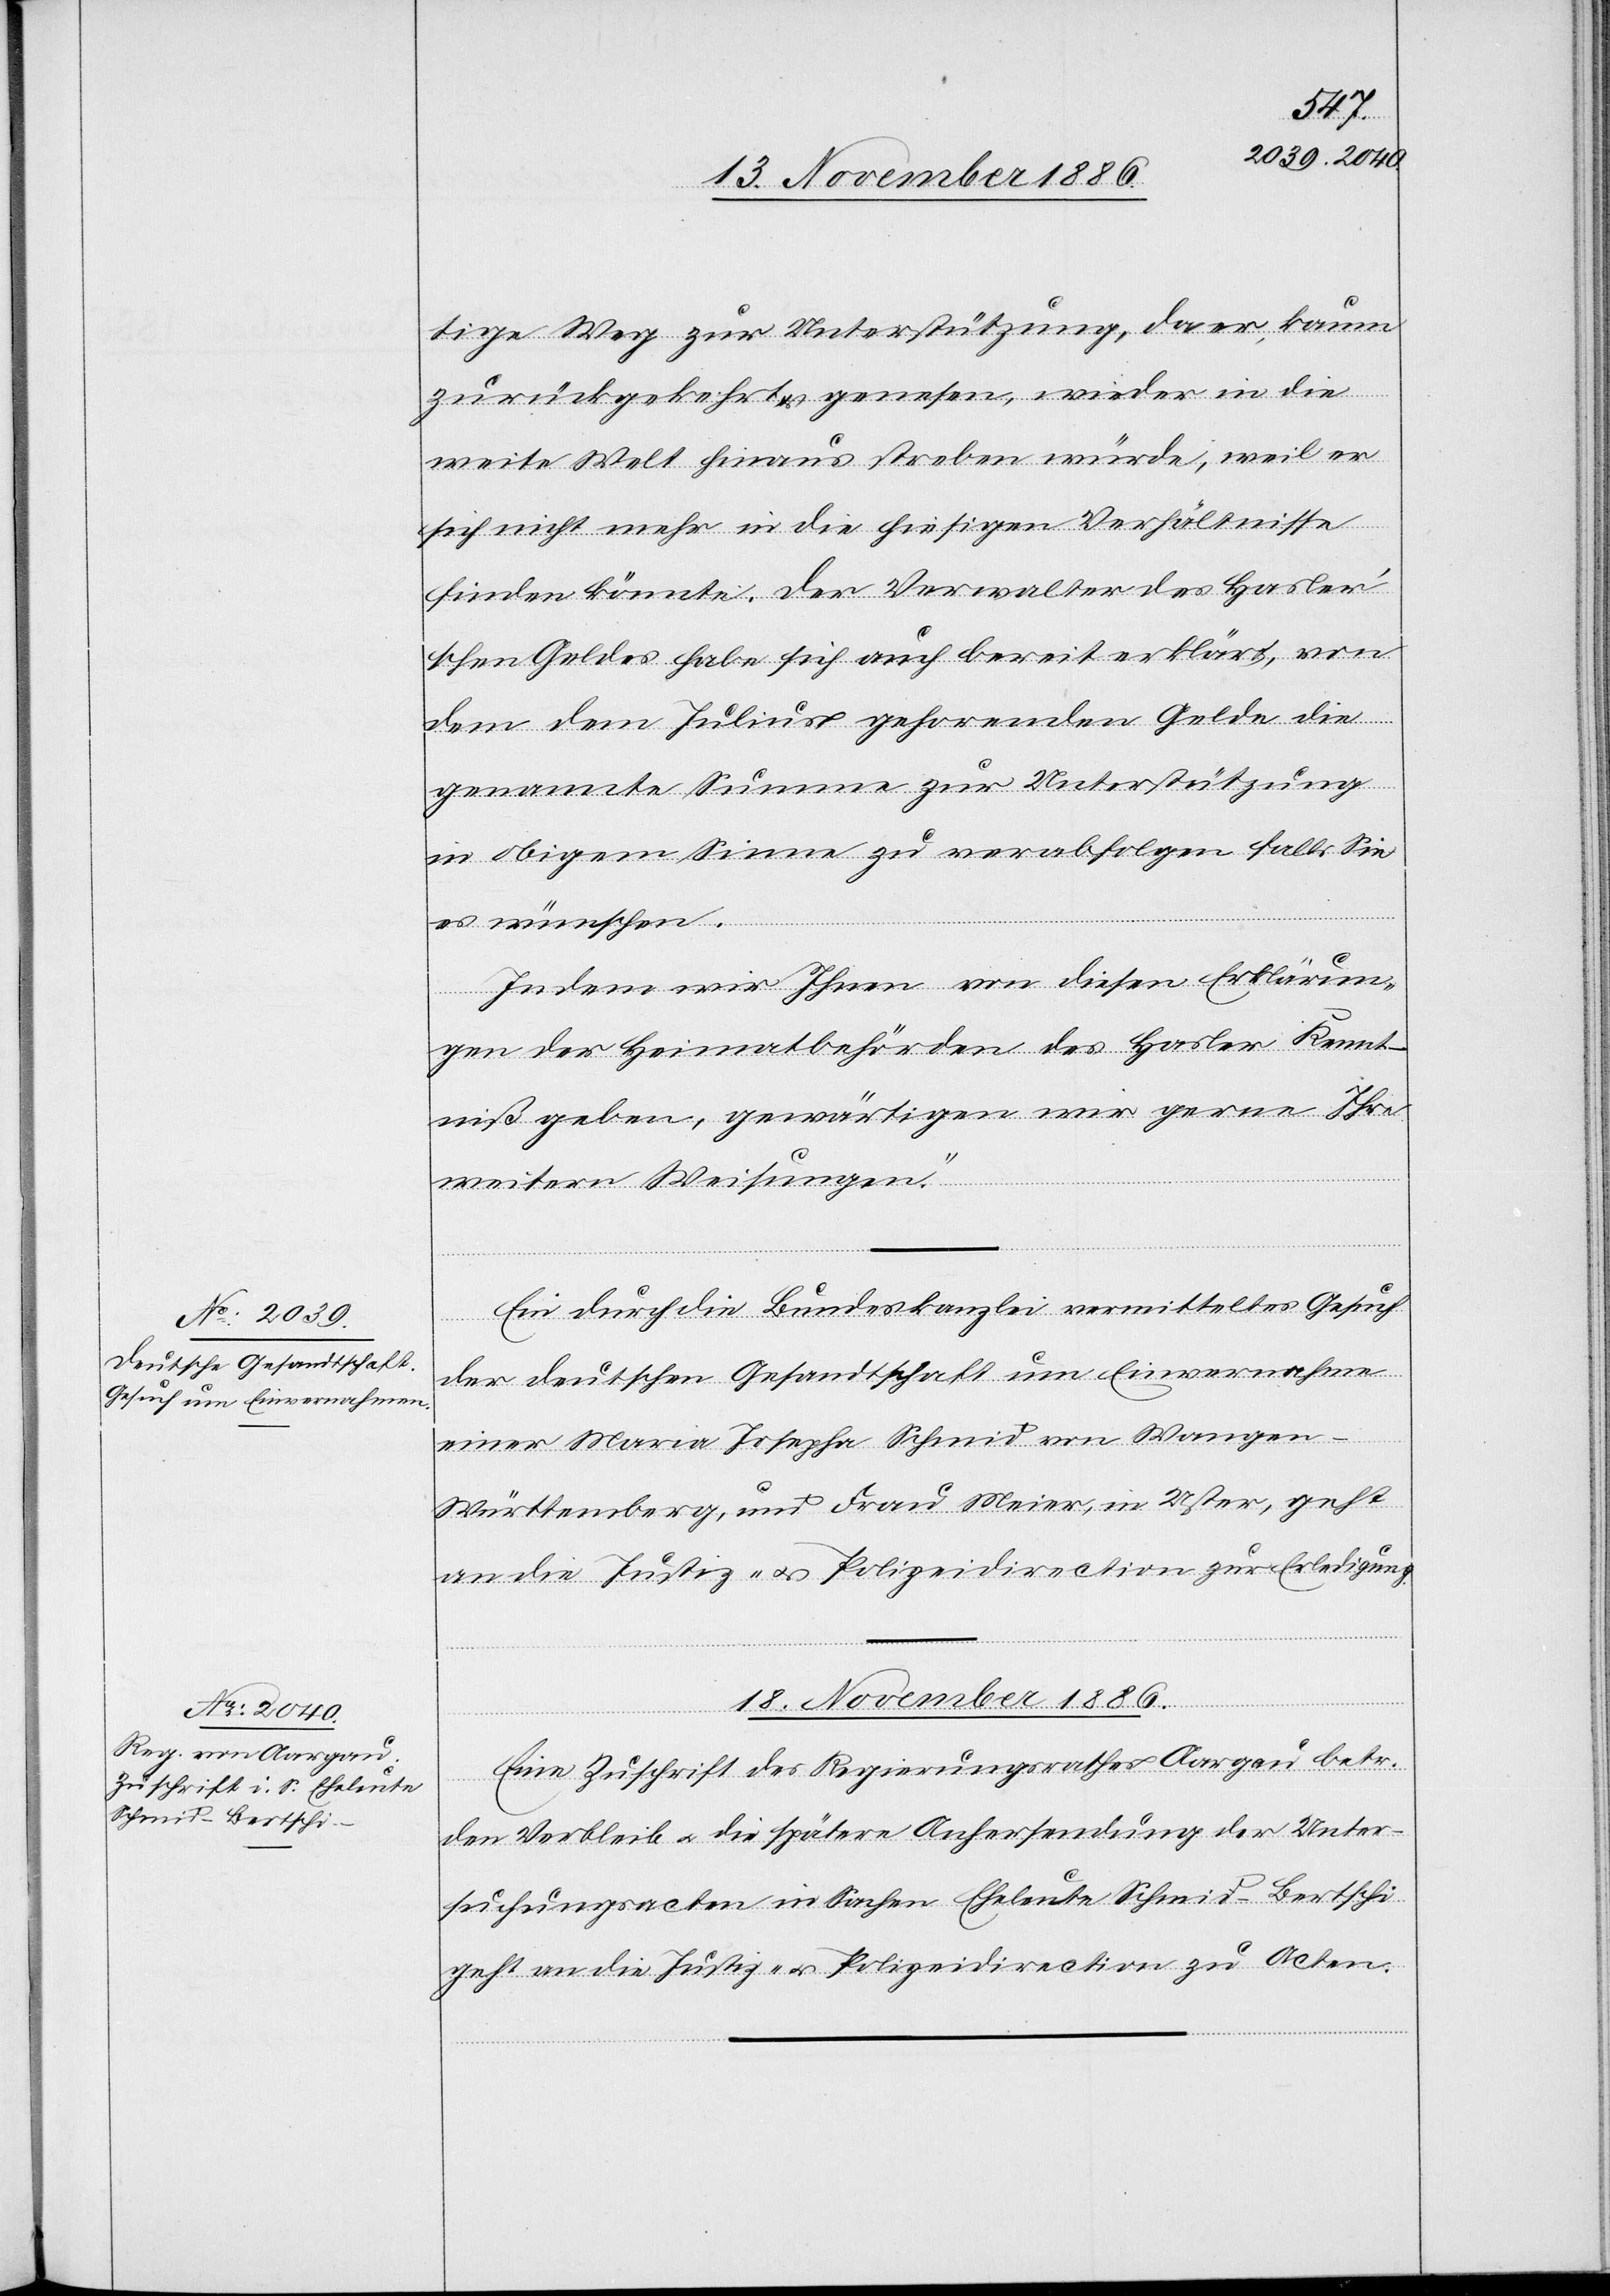
tige Weg zur Unterstützung, da er, kaum
zurückgekehrt & genesen, wieder in die
weite Welt hinaus streben würde, weil er
sich nicht mehr in die hiesigen Verhältnisse
finden könnte. Der Verwalter des Hasler’s¬
chen Geldes habe sich auch bereit erklärt, von
genannte Summe zur Unterstützung
in obigem Sinne zu verabfolgen falls Sie
es wünschen.
Indem wir Ihnen von diesen Erklärun¬
gen der Heimatbehörden des Hasler Kennt¬
niß geben, gewärtigen wir gerne Ihre
weitern Weisungen.“
Ein durch die Bundeskanzlei vermitteltes Gesuch
der deutschen Gesandtschaft um Einvernahme
gehorenden
einer Maria Josepha Schmid von Wangen
Württemberg, und Frau Meier, in Uster, geht
an die Justiz- & Polizeidirection zur Erledigung.
die
18. November 1886.
Eine Zuschrift des Regierungsrathes Aargau betr.
den Verbleib & die spätere Anhersendung der Unter¬
suchungsacten in Sachen Eheleute Schmid-Bertschi
geht an die Justiz- & Polizeidirection zu Acten.